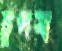
চুপসা